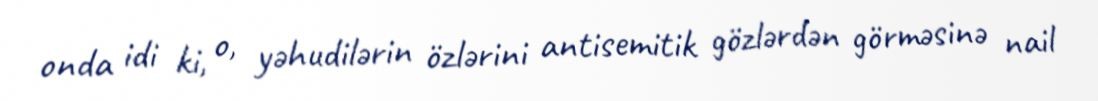
onda idi ki, o, yəhudilərin özlərini antisemitik gözlərdən görməsinə nail